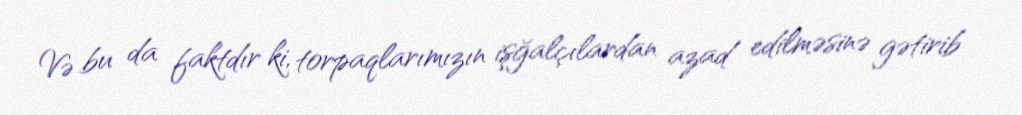
Və bu da faktdır ki, torpaqlarımızın işğalçılardan azad edilməsinə gətirib